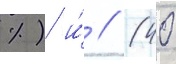
%) и́ // (40